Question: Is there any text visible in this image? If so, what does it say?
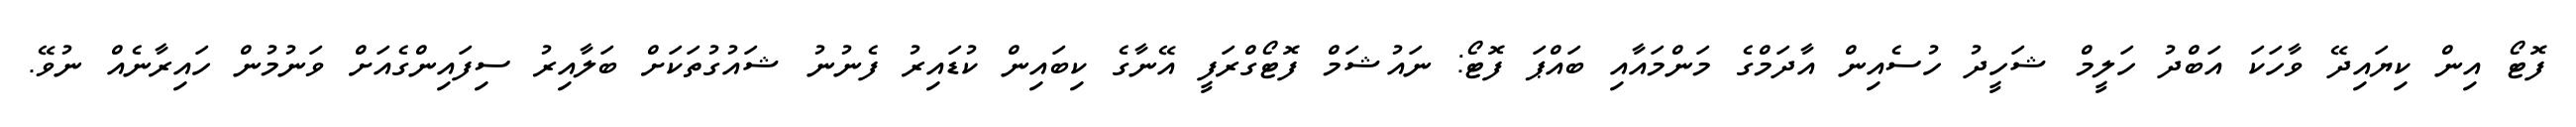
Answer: ފޮޓޯ އިން ކިޔައިދޭ ވާހަކަ އަބްދު ހަލީމް ޝަހީދު ހުސެއިން އާދަމްގެ މަންމައާއި ބައްޕަ ފޮޓޯ: ނައުޝަމް ފޮޓޯގްރަފީ އޭނާގެ ކިބައިން ކުޑައިރު ފެނުނު ޝައުގުތަކަށް ބަލާއިރު ސިފައިންގެއަށް ވަނުމުން ހައިރާނެއް ނުވޭ.